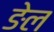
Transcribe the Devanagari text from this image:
ङेल